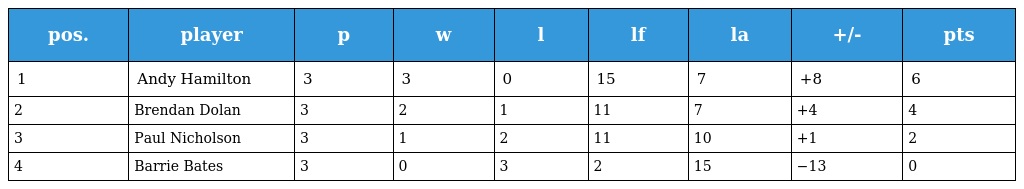
| pos. | player | p | w | l | lf | la | +/- | pts |
 | --- | --- | --- | --- | --- | --- | --- | --- | --- |
 | 1 | Andy Hamilton | 3 | 3 | 0 | 15 | 7 | +8 | 6 |
 | 2 | Brendan Dolan | 3 | 2 | 1 | 11 | 7 | +4 | 4 |
 | 3 | Paul Nicholson | 3 | 1 | 2 | 11 | 10 | +1 | 2 |
 | 4 | Barrie Bates | 3 | 0 | 3 | 2 | 15 | −13 | 0 |